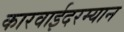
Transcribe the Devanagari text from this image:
कारवाईदरम्यान